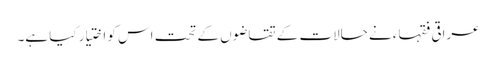
عراقی فقہاء نے حالات کے تقاضوں کے تحت اس کو اختیار کیا ہے۔